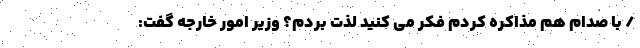
/ با صدام هم مذاکره کردم فکر می کنید لذت بردم؟ وزیر امور خارجه گفت: